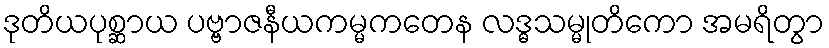
ဒုတိယပုစ္ဆာယ ပဗ္ဗာဇနီယကမ္မကတေန လဒ္ဓသမ္မုတိကော အမရိတွာ